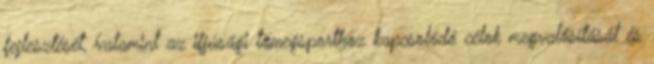
fejlesztését, valamint az ifjúsági tömegsporthoz kapcsolódó célok megvalósítását és